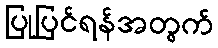
ပြုပြင်ရန်အတွက်